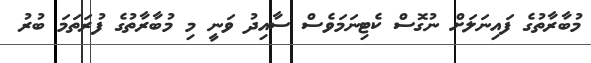
މުބާރާތުގެ ފައިނަލަށް ނުގޮސް ކެޓިނަމަވެސް ސާއިދު ވަނީ މި މުބާރާތުގެ ފުރަތަމަ ބުރު